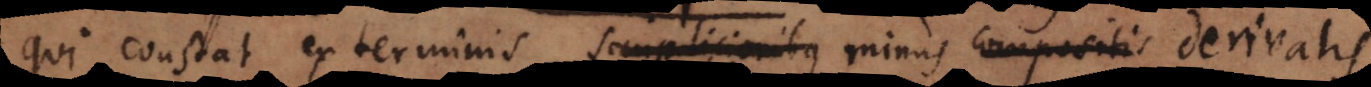
qui constat ex terminis simplicioribus minus compositis derivatis